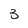
Character: 3